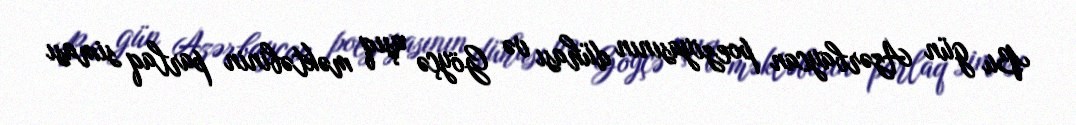
Bu gün Azərbaycan poeziyasının dühası və Göyçə aşıq məktəbinin parlaq siması